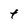
Character: t